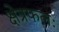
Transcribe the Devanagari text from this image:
क्षेत्रफलः